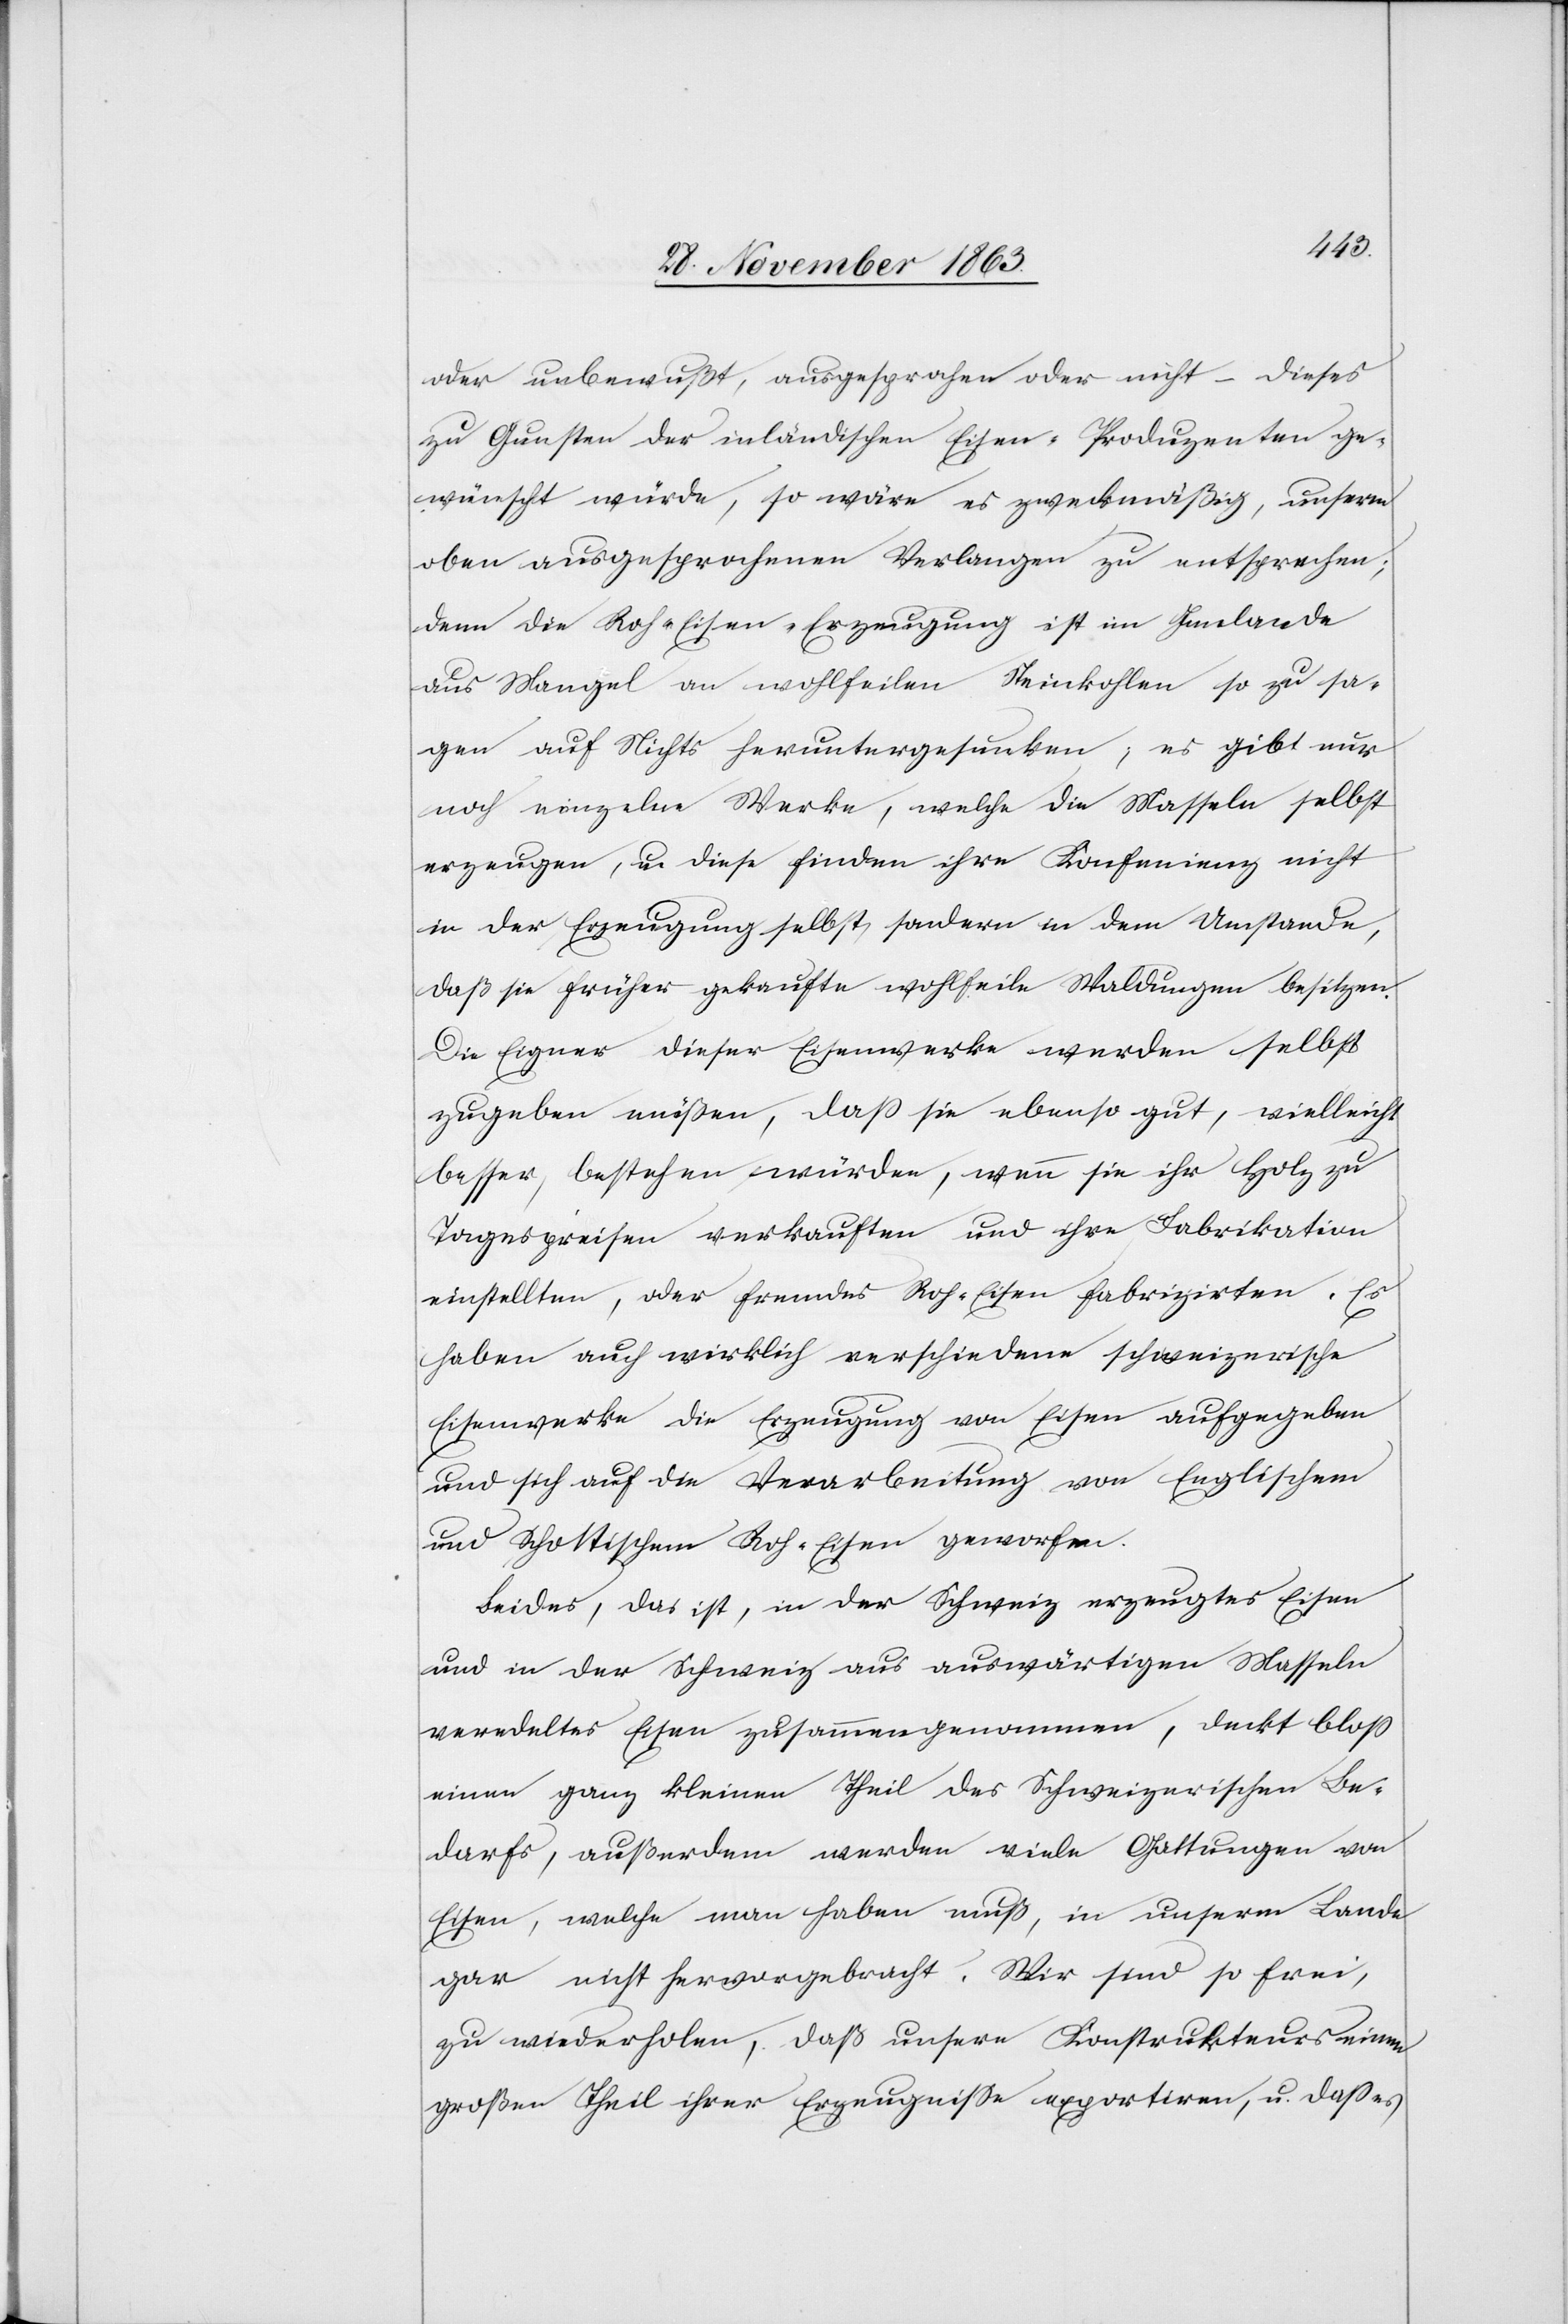
oder unbewußt, ausgesprochen oder nicht – dieses
zu Gunsten der inländischen Eisen-Produzenten ge¬
wünscht würde, so wäre es zweckmäßig, unserm
oben ausgesprochenen Verlangen zu entsprechen;
denn die Roh-Eisen-Erzeugung ist im Innlande
aus Mangel an wohlfeilen Steinkohlen so zu sa¬
gen auf Nichts heruntergesunken; es gibt nur
noch einzelne Werke, welche die Masseln selbst
erzeugen, u. diese finden ihre Konfenienz nicht
in der Erzeugung selbst, sondern in dem Umstande,
daß sie früher gekaufte wohlfeile Waldungen besitzen.
Die Eigner dieser Eisenwerke werden selbst
zugeben müßen, dass sie ebenso gut, vielleicht
besser, bestehen würden, wenn sie ihr Holz zu
Tagespreisen verkauften und ihre Fabrikation
einstellten, oder fremdes Roh-Eisen fabrizirten. Es
haben auch wirklich verschiedene schweizerische
Eisenwerke die Erzeugung von Eisen aufgegeben
und sich auf die Verarbeitung von Englischem
und Schottischem Roh-Eisen geworfen.
Beides, das ist, in der Schweiz erzeugtes Eisen
und in der Schweiz aus auswäritgen Masseln
veredeltes Eisen zusammengenommen, deckt bloss
einen ganz gleichen Theils des Schweizerischen Be¬
darfs, außerdem werden viele Gattungen von
Eisen, welche man haben muß, in unserm Lande
gar nicht hervorgebracht. Wir sind so frei,
zu wiederholen, daß unsere Konstrukteurs einen
großen Theil ihrer Erzeugnisse exportiren, u. dass es